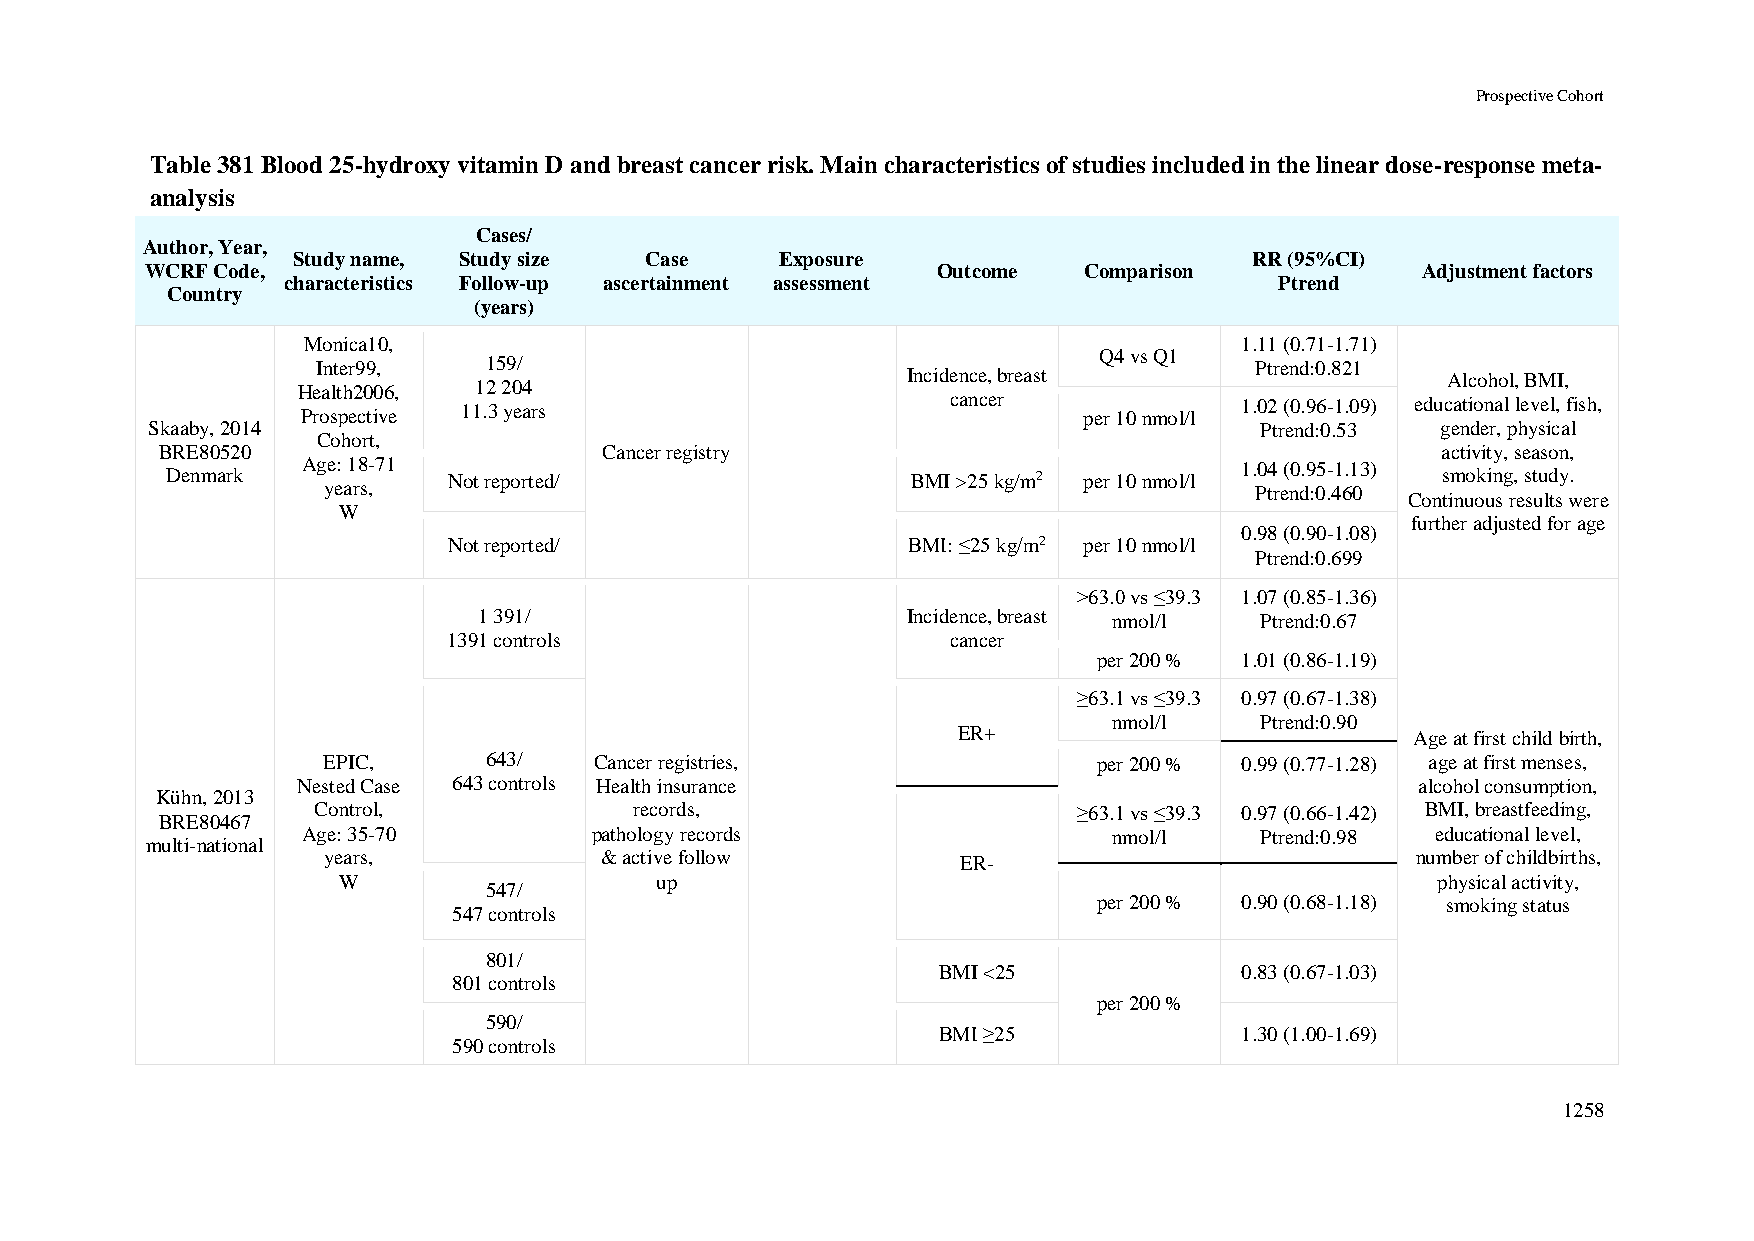
Prospective Cohort
 Table 381 Blood 25-hydroxy vitamin D and breast cancer risk. Main characteristics of studies included in the linear dose-response meta-
 analysis
 Cases/
 Author, Year,
 Study name, Study size  Case     Exposure                       RR (95%CI)
 WCRF Code,                                          Outcome   Comparison            Adjustment factors
 characteristics Follow-up ascertainment assessment                Ptrend
 Country
 (years)
 Monica10,                                                     1.11 (0.71-1.71)
 Q4 vs Q1
 Inter99,   159/                                               Ptrend:0.821
 Incidence, breast                   Alcohol, BMI,
 Health2006, 12 204
 Prospective 11.3 years                     cancer   per 10 nmol/l 1.02 (0.96-1.09) educational level, fish,
 Skaaby, 2014                                                             Ptrend:0.53 gender, physical
 Cohort,
 BRE80520                     Cancer registry                                        activity, season,
 Age: 18-71                                                    1.04 (0.95-1.13)
 Denmark            Not reported/                 BMI >25 kg/m2 per 10 nmol/l        smoking, study.
 years,                                                        Ptrend:0.460
 Continuous results were
 W
 further adjusted for age
 0.98 (0.90-1.08)
 Not reported/                 BMI: ≤25 kg/m2 per 10 nmol/l
 Ptrend:0.699
 >63.0 vs ≤39.3 1.07 (0.85-1.36)
 1 391/                      Incidence, breast nmol/l Ptrend:0.67
 1391 controls                    cancer
 per 200 % 1.01 (0.86-1.19)
 ≥63.1 vs ≤39.3 0.97 (0.67-1.38)
 nmol/l   Ptrend:0.90
 ER+                            Age at first child birth,
 EPIC,      643/   Cancer registries,                per 200 % 0.99 (0.77-1.28) age at first menses,
 Nested Case 643 controls Health insurance                                 alcohol consumption,
 Kühn, 2013
 Control,             records,                     ≥63.1 vs ≤39.3 0.97 (0.66-1.42) BMI, breastfeeding,
 BRE80467
 Age: 35-70         pathology records                  nmol/l   Ptrend:0.98 educational level,
 multi-national
 years,             & active follow         ER-                           number of childbirths,
 W                    up                                                  physical activity,
 547/
 per 200 % 0.90 (0.68-1.18) smoking status
 547 controls
 801/
 BMI <25             0.83 (0.67-1.03)
 801 controls
 per 200 %
 590/
 BMI ≥25             1.30 (1.00-1.69)
 590 controls
 1258